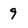
Character: 9